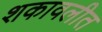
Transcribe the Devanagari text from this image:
शकावलीत